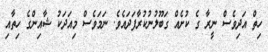
ހިތް އަދިވެސް ނީރާ ގެ ކުށެއް ގަބޫލުނުކުރާފަދައެވެ. ނަމަވެސް މިއަދަކު ޝާއިންގެ ހިތާއި